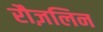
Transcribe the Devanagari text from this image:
रौज़लिन